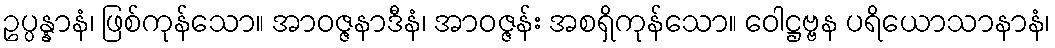
ဥပ္ပန္နာနံ၊ ဖြစ်ကုန်သော။ အာဝဇ္ဇနာဒီနံ၊ အာဝဇ္ဇန်း အစရှိကုန်သော။ ဝေါဋ္ဌဗ္ဗန ပရိယောသာနာနံ၊